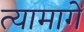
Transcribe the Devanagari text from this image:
त्यामागें